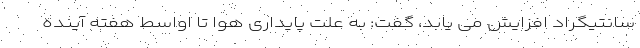
سانتیگراد افزایش می یابد، گفت: به علت پایداری هوا تا اواسط هفته آینده